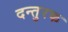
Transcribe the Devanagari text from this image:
दन्तुरक